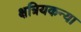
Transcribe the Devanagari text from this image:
क्षत्रियकन्या